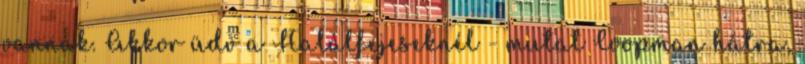
vannak. Akkor üdv a Halálfejeseknél - mutat Coopman hátra,